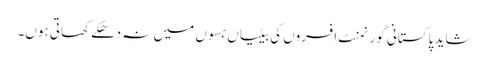
شاید پاکستانی گورنمنٹ افسروں کی بیٹیاں بسوں میں نہ دھکے کھاتی ہوں۔